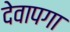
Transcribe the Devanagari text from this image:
देवापगा